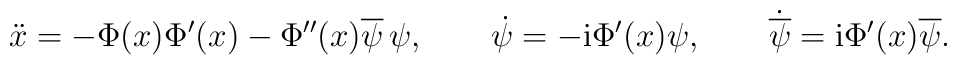
\ddot{x}=-\Phi (x)\Phi '(x)-\Phi ''(x)\overline{\psi }\,\psi ,\qquad\dot{\psi}=-{\rm i} \Phi '(x)\psi,\qquad \dot{\overline{\psi }}= {\rm i} \Phi '(x)\overline{\psi} .